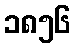
၁၈၅၆